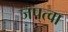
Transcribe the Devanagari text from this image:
जप्‌त्वा